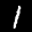
Label: 1